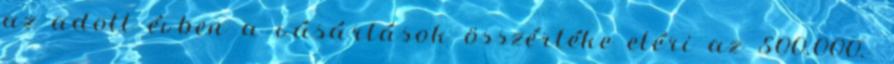
az adott évben a vásárlások összértéke eléri az 500.000.-